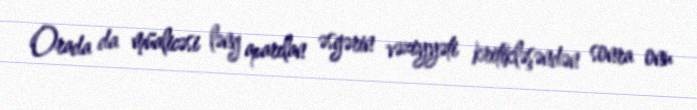
Orada da müalicəsi ləng aparılan əsgərin vəziyyəti kritikləşəndən sonra onu